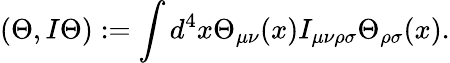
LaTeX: (\Theta,I\Theta):=\int d^{4}x\Theta_{\mu\nu}(x)I_{\mu\nu\rho\sigma}\Theta_{\rho\sigma}(x).